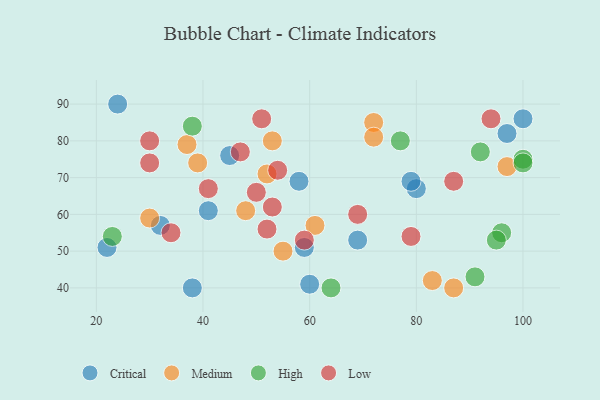
{"axis": {"x": "GDP", "y": "Life Expectancy"}, "legend": ["Critical", "High", "Low", "Medium"], "data": [{"x": "41", "y": 61, "type": "Critical"}, {"x": "100", "y": 86, "type": "Critical"}, {"x": "38", "y": 40, "type": "Critical"}, {"x": "32", "y": 57, "type": "Critical"}, {"x": "69", "y": 53, "type": "Critical"}, {"x": "59", "y": 51, "type": "Critical"}, {"x": "97", "y": 82, "type": "Critical"}, {"x": "80", "y": 67, "type": "Critical"}, {"x": "58", "y": 69, "type": "Critical"}, {"x": "24", "y": 90, "type": "Critical"}, {"x": "22", "y": 51, "type": "Critical"}, {"x": "60", "y": 41, "type": "Critical"}, {"x": "45", "y": 76, "type": "Critical"}, {"x": "79", "y": 69, "type": "Critical"}, {"x": "97", "y": 73, "type": "Medium"}, {"x": "30", "y": 59, "type": "Medium"}, {"x": "55", "y": 50, "type": "Medium"}, {"x": "72", "y": 85, "type": "Medium"}, {"x": "72", "y": 81, "type": "Medium"}, {"x": "48", "y": 61, "type": "Medium"}, {"x": "87", "y": 40, "type": "Medium"}, {"x": "39", "y": 74, "type": "Medium"}, {"x": "53", "y": 80, "type": "Medium"}, {"x": "61", "y": 57, "type": "Medium"}, {"x": "37", "y": 79, "type": "Medium"}, {"x": "83", "y": 42, "type": "Medium"}, {"x": "52", "y": 71, "type": "Medium"}, {"x": "23", "y": 54, "type": "High"}, {"x": "100", "y": 75, "type": "High"}, {"x": "77", "y": 80, "type": "High"}, {"x": "64", "y": 40, "type": "High"}, {"x": "91", "y": 43, "type": "High"}, {"x": "38", "y": 84, "type": "High"}, {"x": "100", "y": 74, "type": "High"}, {"x": "96", "y": 55, "type": "High"}, {"x": "95", "y": 53, "type": "High"}, {"x": "92", "y": 77, "type": "High"}, {"x": "87", "y": 69, "type": "Low"}, {"x": "50", "y": 66, "type": "Low"}, {"x": "54", "y": 72, "type": "Low"}, {"x": "59", "y": 53, "type": "Low"}, {"x": "30", "y": 74, "type": "Low"}, {"x": "30", "y": 80, "type": "Low"}, {"x": "94", "y": 86, "type": "Low"}, {"x": "41", "y": 67, "type": "Low"}, {"x": "51", "y": 86, "type": "Low"}, {"x": "52", "y": 56, "type": "Low"}, {"x": "34", "y": 55, "type": "Low"}, {"x": "47", "y": 77, "type": "Low"}, {"x": "69", "y": 60, "type": "Low"}, {"x": "79", "y": 54, "type": "Low"}, {"x": "53", "y": 62, "type": "Low"}]}